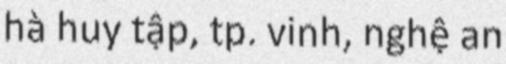
hà huy tập, tp. vinh, nghệ an